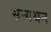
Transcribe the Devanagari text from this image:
सन्गथन